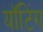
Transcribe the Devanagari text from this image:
यॉटिंग